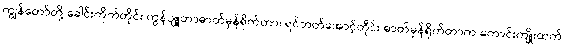
ကျွန်တော်တို့ ခေါင်းကိုက်တိုင်း ကွန်ပျူတာဓာတ်မှန်ရိုက်တာ၊ ရင်ဘတ်အောင့်တိုင်း ဓာတ်မှန်ရိုက်တာက ကောင်းကျိုးထက်